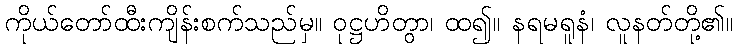
ကိုယ်တော်ထီးကျိန်းစက်သည်မှ။ ဝုဋ္ဌဟိတွာ၊ ထ၍။ နရမရူနံ၊ လူနတ်တို့၏။